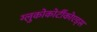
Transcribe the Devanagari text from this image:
ग्लुकोकोर्टीकोएड्स